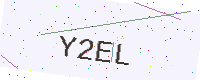
Text: Y2EL